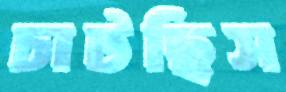
চাটছিস